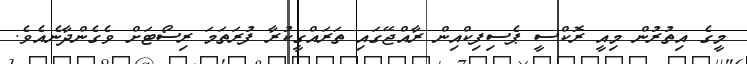
މީގެ އިތުރުން މިއީ ރޮކްސީ ޕެސިފިކްއިން ރާއްޖޭގައި ތަރައްގީކުރާ ފުރަތަމަ ރިސޯޓަށް ވެގެންދާނެއެވެ.